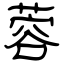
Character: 蓉